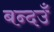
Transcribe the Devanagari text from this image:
बन्दउँ